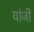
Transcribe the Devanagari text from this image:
यांजी